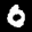
Label: 0